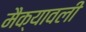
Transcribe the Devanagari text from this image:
मैक्यावली